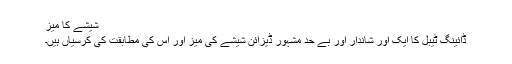
شیشے کا میز
ڈائینگ ٹیبل کا ایک اور شاندار اور بے حد مشہور ڈیزائن شیشے کی میز اور اس کی مطابقت کی کرسیاں ہیں۔